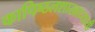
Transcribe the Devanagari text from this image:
कापिष्ठलशाखाध्यायी